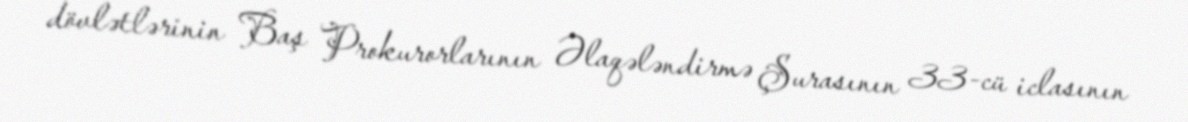
dövlətlərinin Baş Prokurorlarının Əlaqələndirmə Şurasının 33-cü iclasının